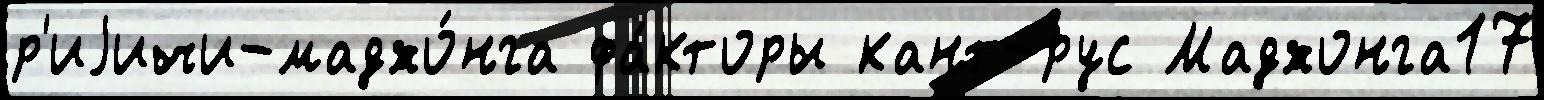
р'иjичи-маджо́нга фа́кторы кант-рус Маджонга17